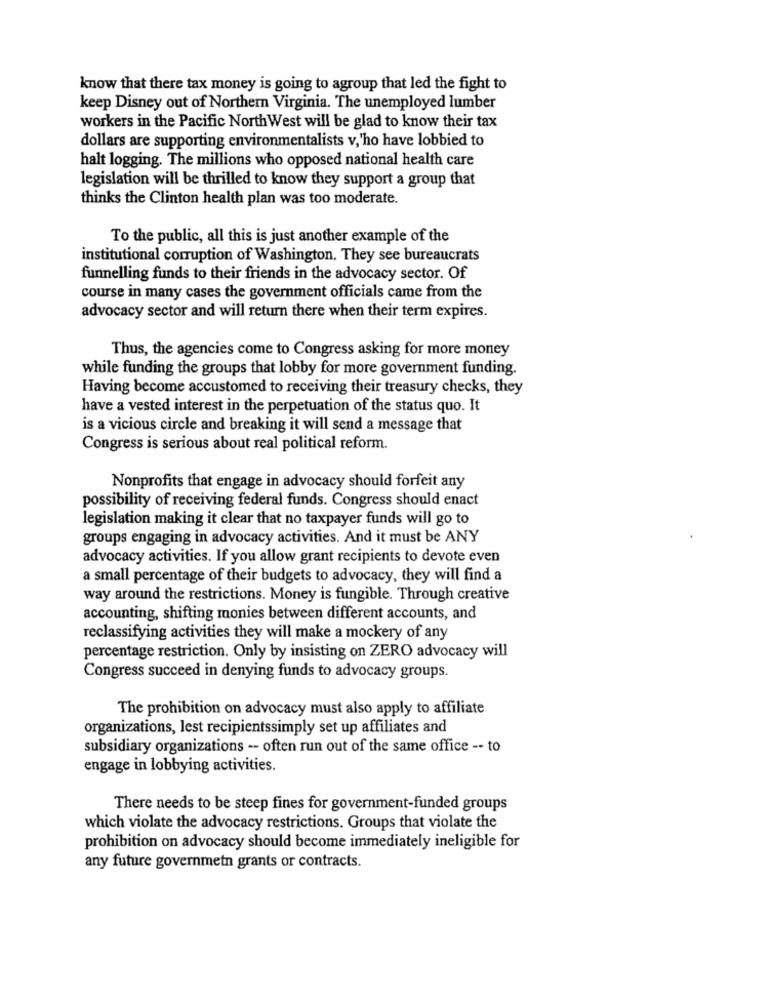
know that there tax money is going to agroup that led the fight to
keep Disney out of Northern Virginia. The unemployed lumber
workers in the Pacific North West will be glad to know their tax
dollars are supporting environmentalists v,'ho have lobbied to
halt logging. The millions who opposed national health care
legislation will be thrilled to know they support a group that
thinks the Clinton health plan was too moderate.
To the public, all this is just another example of the
institutional corruption of Washington. They see bureaucrats
funnelling funds to their friends in the advocacy sector. Of
course in many cases the government officials came from the
advocacy sector and will return there when their term expires.
Thus, the agencies come to Congress asking for more money
while funding the groups that lobby for more government funding.
Having become accustomed to receiving their treasury checks, they
have a vested interest in the perpetuation of the status quo. It
is a vicious circle and breaking it will send a message that
Congress is serious about real political reform.
Nonprofits that engage in advocacy should forfeit any
possibility of receiving federal funds. Congress should enact
legislation making it clear that no taxpayer funds will go to
groups engaging in advocacy activities. And it must be ANY
advocacy activities. If you allow grant recipients to devote even
a small percentage of their budgets to advocacy, they will find a
way around the restrictions. Money is fungible. Through creative
accounting, shifting monies between different accounts, and
reclassifying activities they will make a mockery of any
percentage restriction. Only by insisting on ZERO advocacy will
Congress succeed in denying funds to advocacy groups.
The prohibition on advocacy must also apply to affiliate
organizations, lest recipientssimply set up affiliates and
subsidiary organizations -- often run out of the same office -- to
engage in lobbying activities.
There needs to be steep fines for government-funded groups
which violate the advocacy restrictions. Groups that violate the
prohibition on advocacy should become immediately ineligible for
any future governmetn grants or contracts.